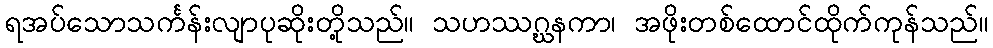
ရအပ်သောသင်္ကန်းလျာပုဆိုးတို့သည်။ သဟဿဂ္ဃနကာ၊ အဖိုးတစ်ထောင်ထိုက်ကုန်သည်။